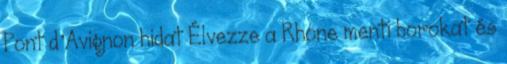
Pont d’Avignon hidat Élvezze a Rhone menti borokat és